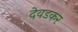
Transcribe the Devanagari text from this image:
देवडकर